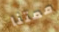
ممتنا